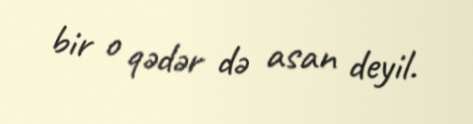
bir o qədər də asan deyil.